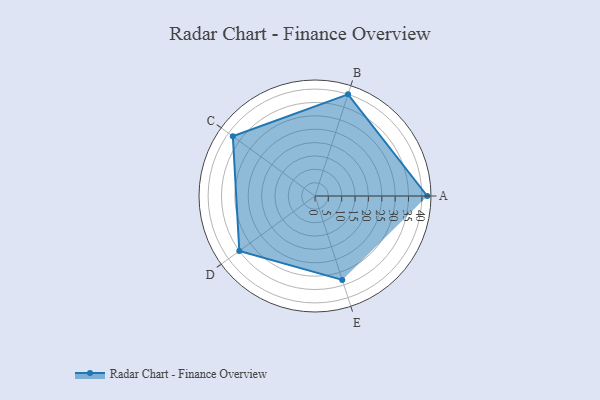
{"axis": {"x": "Skill", "y": "Score"}, "legend": ["Profile"], "data": [{"x": "A", "y": 42.0, "type": "Profile"}, {"x": "B", "y": 40.0, "type": "Profile"}, {"x": "C", "y": 38.0, "type": "Profile"}, {"x": "D", "y": 35.0, "type": "Profile"}, {"x": "E", "y": 33.0, "type": "Profile"}]}